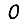
Digit: 0